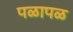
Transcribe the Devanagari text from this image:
पळापळ